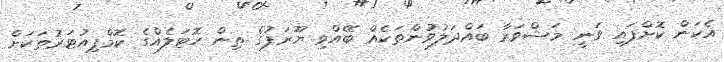
އެކަން ކޮށްފައި ވަނީ މަޝްވަރާ ބައްދަލުވުންތަކެއް ބޭއްވި ޔޫރަޕުގެ ތިން ހޮޓަލެއްގެ ކޮމްޕިއުޓަރުތަކަށް